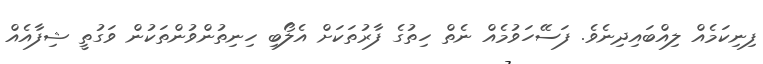
ފިނިކަމެއް ލިއްބައިދިނެވެ. ފަސޭހަވުމެއް ނެތް ހިތުގެ ފާރުތަކަށް އެލޯބި ހިނިތުންވުންތަކުން ވަގުތީ ޝިފާއެއް